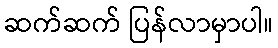
ဆက်ဆက် ပြန်လာမှာပါ။